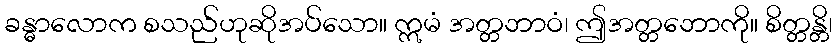
ခန္ဓာလောက စသည်ဟုဆိုအပ်သော။ ဣမံ အတ္တဘာဝံ၊ ဤအတ္တဘောကို။ စိတ္တန္တိ၊